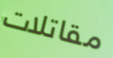
مقاتلات